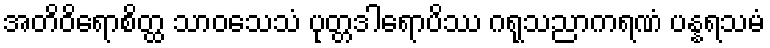
အတိဝိရောစိတ္ထ သာဝသေသံ ပုတ္တဒါရောပိဿ ဂရုသညာကရဏံ ပန္နရသမံ